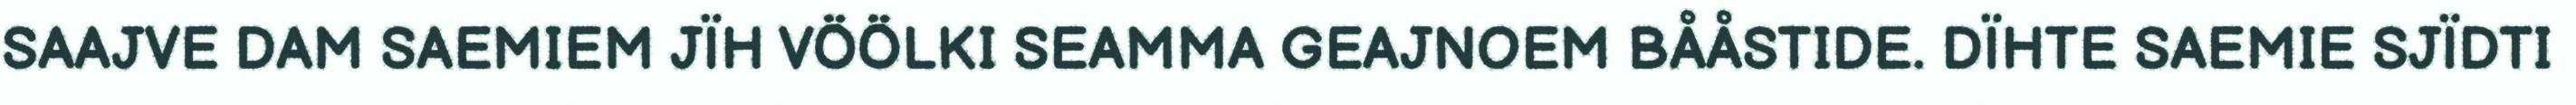
SAAJVE DAM SAEMIEM JÏH VÖÖLKI SEAMMA GEAJNOEM BÅÅSTIDE. DÏHTE SAEMIE SJÏDTI